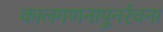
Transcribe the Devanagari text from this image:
कालगणनापुनर्रचना